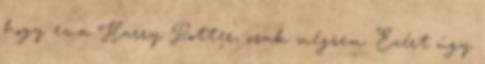
hogy ez a Harry Potter, csak mégsem. Ezért úgy